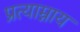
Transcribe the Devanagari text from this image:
प्रत्याम्नाय